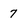
Character: 7